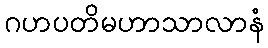
ဂဟပတိမဟာသာလာနံ